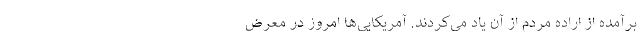
برآمده از اراده مردم از آن یاد می‌کردند. آمریکایی‌ها امروز در معرض